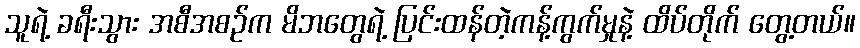
သူရဲ့ ခရီးသွား အစီအစဉ်က မိဘတွေရဲ့ ပြင်းထန်တဲ့ကန့်ကွက်မှုနဲ့ ထိပ်တိုက် တွေ့တယ်။